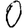
Digit: 0